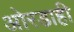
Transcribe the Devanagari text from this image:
ओरडाही